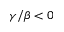
\gamma / \beta < 0